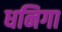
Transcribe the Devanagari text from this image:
धनिगा